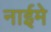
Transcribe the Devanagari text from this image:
नाईमे